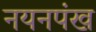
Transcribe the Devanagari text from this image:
नयनपंख